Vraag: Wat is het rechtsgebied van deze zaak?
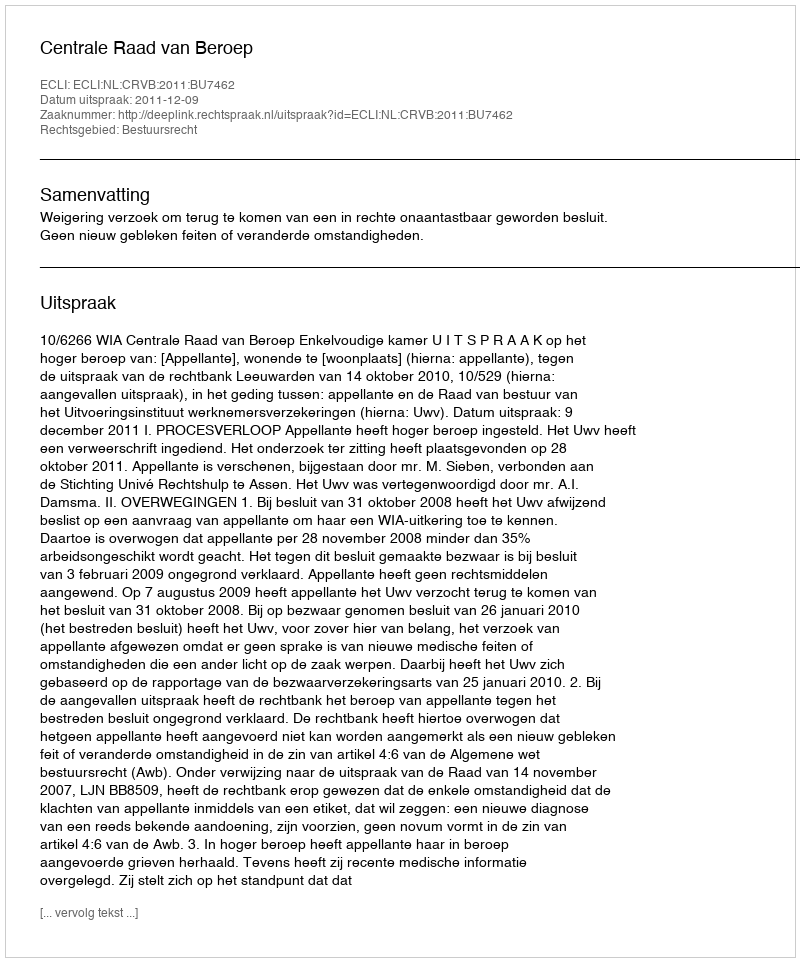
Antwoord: Bestuursrecht